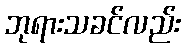
ဘုရားသခင်လည်း